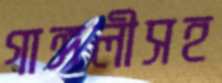
গাঙ্গলীসহ